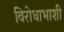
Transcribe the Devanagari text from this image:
विरोधाभाशी